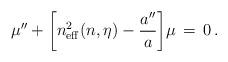
LaTeX: \begin{align*}\mu '' + \biggl[n_{\rm eff}^2(n,\eta ) - {{a''} \over a}\biggr]\mu \, = \, 0 \, .\end{align*}